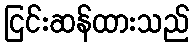
ငြင်းဆန်ထားသည်